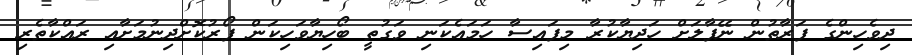
ދިވެހިންގެ ފަރާތުން ނޭޕާލަށް ހަދިޔާކުރާ މިފައިސާ ހަމައެކަނި ވަގުތީ ބޯހިޔާވަހިކަން ފޯރުކޮށްދިނުމަށާއި ރައްކާތެރި